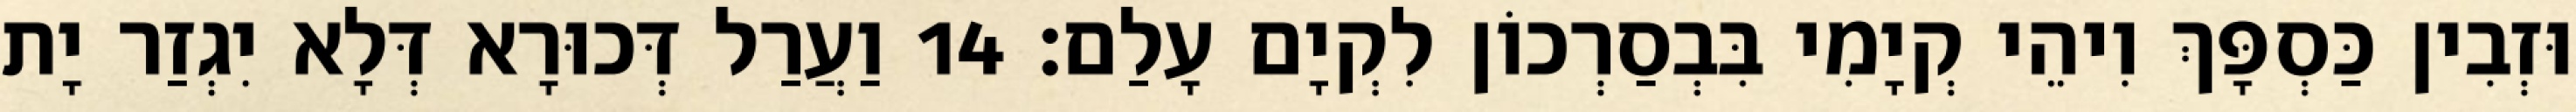
וּזְבִין כַּסְפָּךְ וִיהֵי קְיָמִי בִּבְסַרְכוֹן לִקְיָם עָלַם׃ 14 וַעֲרַל דְּכוּרָא דְּלָא יִגְזַר יָת